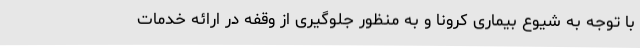
با توجه به شیوع بیماری کرونا و به منظور جلوگیری از وقفه در ارائه خدمات